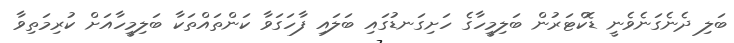
ބަލި ދެނެގަނެވެނީ ޑޮކްޓަރުން ބަލިމީހާގެ ހަށިގަނޑުގައި ބަލައި ފާހަގަވާ ކަންތައްތަކާ ބަލިމީހާއަށް ކުރިމަތިވާ